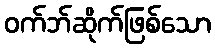
ဝက်ဘ်ဆိုက်ဖြစ်သော